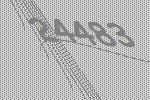
24483